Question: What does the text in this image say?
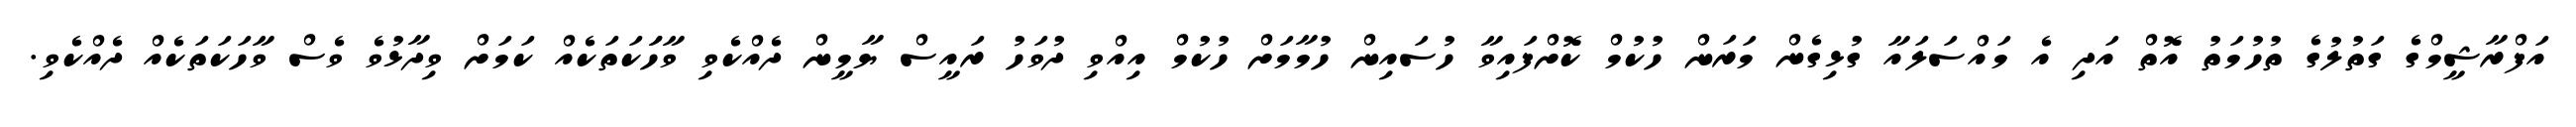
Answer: އަފްރާޝީމްގެ ގަތުލުގެ ތުހުމަތު އޮތް އަދި އެ މައްސަލައާ ގުޅިގެން މަރަން ހުކުމް ކޮށްފައިވާ ހުސައިން ހުމާމަށް ހުކުމް އިއްވި ދުވަހު ރައީސް ޔާމީން ދެއްކެވި ވާހަަކަތަކެއް ކަމަށް ވިދާޅުވެ ވެސް ވާހަކަތަކެއް ދެއްކެވި.